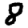
Digit: 8